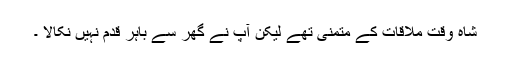
شاہ وقت ملاقات کے متمنی تھے لیکن آپ نے گھر سے باہر قدم نہیں نکالا ۔